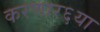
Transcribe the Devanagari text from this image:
करणार६या